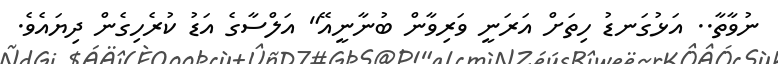
ނުވާތާ.. އަޅުގަނޑު ހިތަށް އަރަނީ ވަރިވާން ބުނާނީއޭ" އަލްސާގެ އަޑު ކުރެހިގެން ދިޔައެވެ.